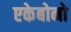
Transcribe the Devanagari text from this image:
एकेबोनो